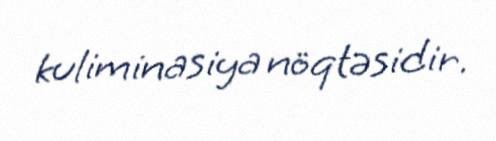
kuliminasiya nöqtəsidir.